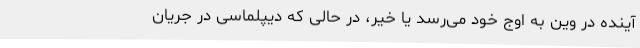
آینده در وین به اوج خود می‌رسد یا خیر، در حالی که دیپلماسی در جریان